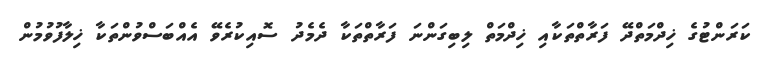
ކަރަންޓުގެ ޚިދްމަތްދޭ ފަރާތްތަކާއި ޚިދްމަތް ލިބިގަންނަ ފަރާތްތަކާ ދެމެދު ސޮއިކުރެވޭ އެއްބަސްވުންތަކާ ޚިލާފުވުމުން